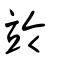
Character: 竛